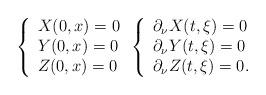
LaTeX: \begin{align*} \left\{ \begin{array}{l} X(0, x) = 0 \\ Y(0, x) = 0 \\ Z(0,x) = 0 \end{array} \right. \left\{ \begin{array}{l} \partial_\nu X(t, \xi) = 0 \\ \partial_\nu Y(t, \xi) = 0 \\ \partial_\nu Z(t, \xi) = 0. \end{array} \right.\end{align*}